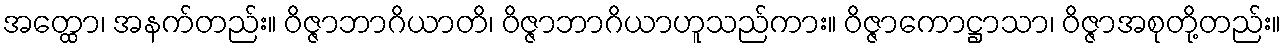
အတ္ထော၊ အနက်တည်း။ ဝိဇ္ဇာဘာဂိယာတိ၊ ဝိဇ္ဇာဘာဂိယာဟူသည်ကား။ ဝိဇ္ဇာကောဋ္ဌာသာ၊ ဝိဇ္ဇာအစုတို့တည်း။